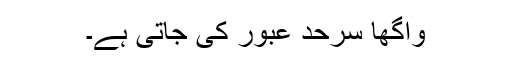
واگھا سرحد عبور کی جاتی ہے۔